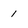
Character: 1